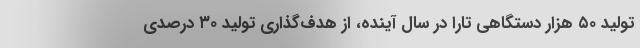
تولید ۵۰ هزار دستگاهی تارا در سال آینده،‌ از هدف‌گذاری تولید ۳۰ درصدی